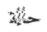
حالة